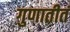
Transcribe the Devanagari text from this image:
गुणातीतं